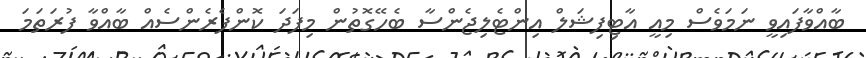
ބާއްވާފައިވީ ނަމަވެސް މިއީ އާޓިފިޝަލް އިންޓެލިޖެންސާ ބެހޭގޮތުން މިފަދަ ކޮންފެރެންސެއް ބާއްވާ ފުރަތަމަ